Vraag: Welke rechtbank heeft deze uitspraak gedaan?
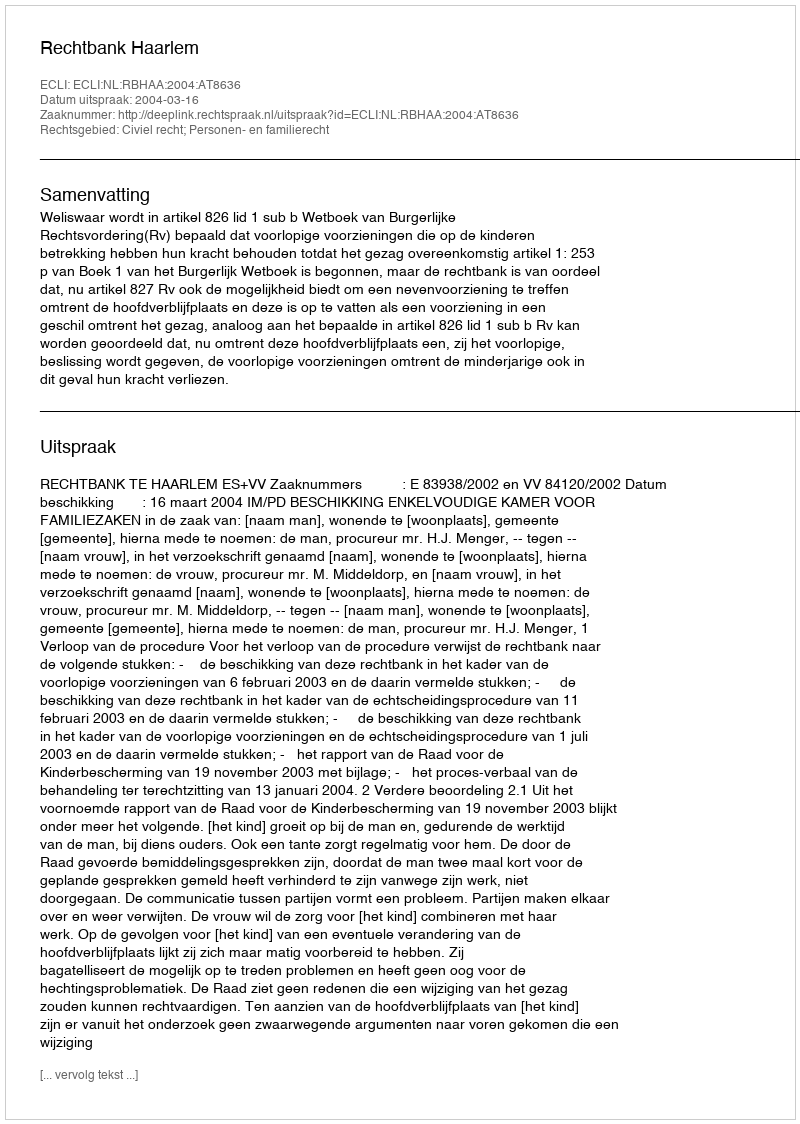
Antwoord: Rechtbank Haarlem